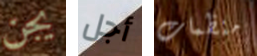
يجن أجل منظمات